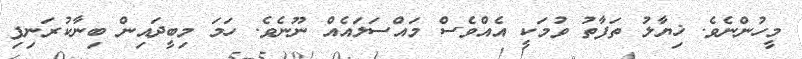
މީހުންނެވެ. ޚިޔާލު ތަފާތު ވުމަކީ އެއްވެސް މައްސަލައެއް ނޫނެވެ. ހަމަ މިބީދައިން ބިނާކުރަނިފި